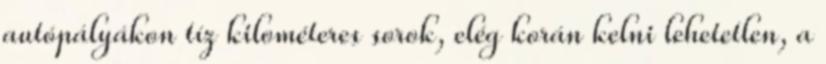
autópályákon tíz kilométeres sorok, elég korán kelni lehetetlen, a